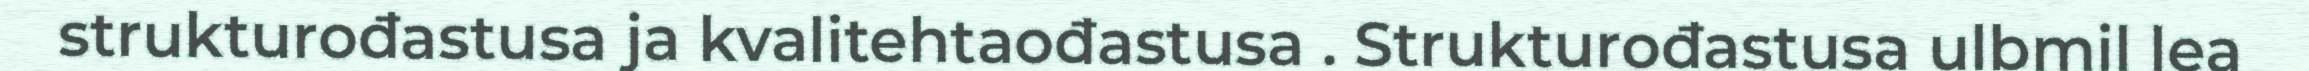
strukturođastusa ja kvalitehtaođastusa . Strukturođastusa ulbmil lea